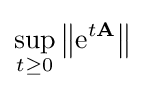
\sup _{t\geq 0}\left\|\mathrm {e} ^{t\mathbf {A} }\right\|